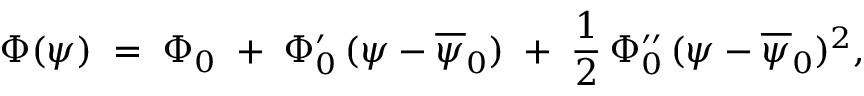
\Phi ( \psi ) \; = \; \Phi _ { 0 } \; + \; \Phi _ { 0 } ^ { \prime } \, ( \psi - \overline { { \psi } } _ { 0 } ) \; + \; \frac { 1 } { 2 } \, \Phi _ { 0 } ^ { \prime \prime } \, ( \psi - \overline { { \psi } } _ { 0 } ) ^ { 2 } ,